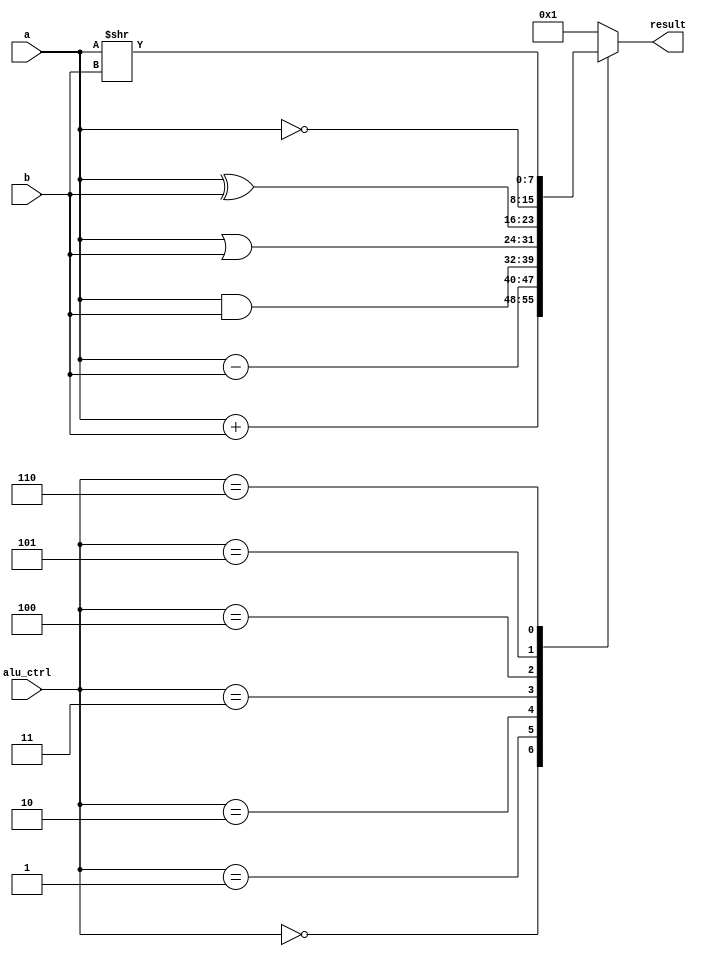
module alu(
    input wire [7:0] a,
    input wire [7:0] b,
    input wire [3:0] alu_ctrl,
    output reg [7:0] result
);

    always @(*) begin
        case(alu_ctrl)
            4'b0000: result = a + b; 
            4'b0001: result = a - b; 
            4'b0010: result = a & b; 
            4'b0011: result = a | b; 
            4'b0100: result = a ^ b; 
            4'b0101: result = ~a;    
            4'b0110: result = a >> b;
            default: result = 8'b1;
        endcase
    end

endmodule